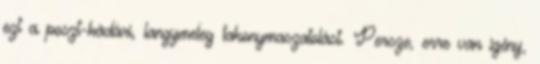
ezt a poszt-kádári, langymeleg takonymaszatolást. Persze, erre van igény,